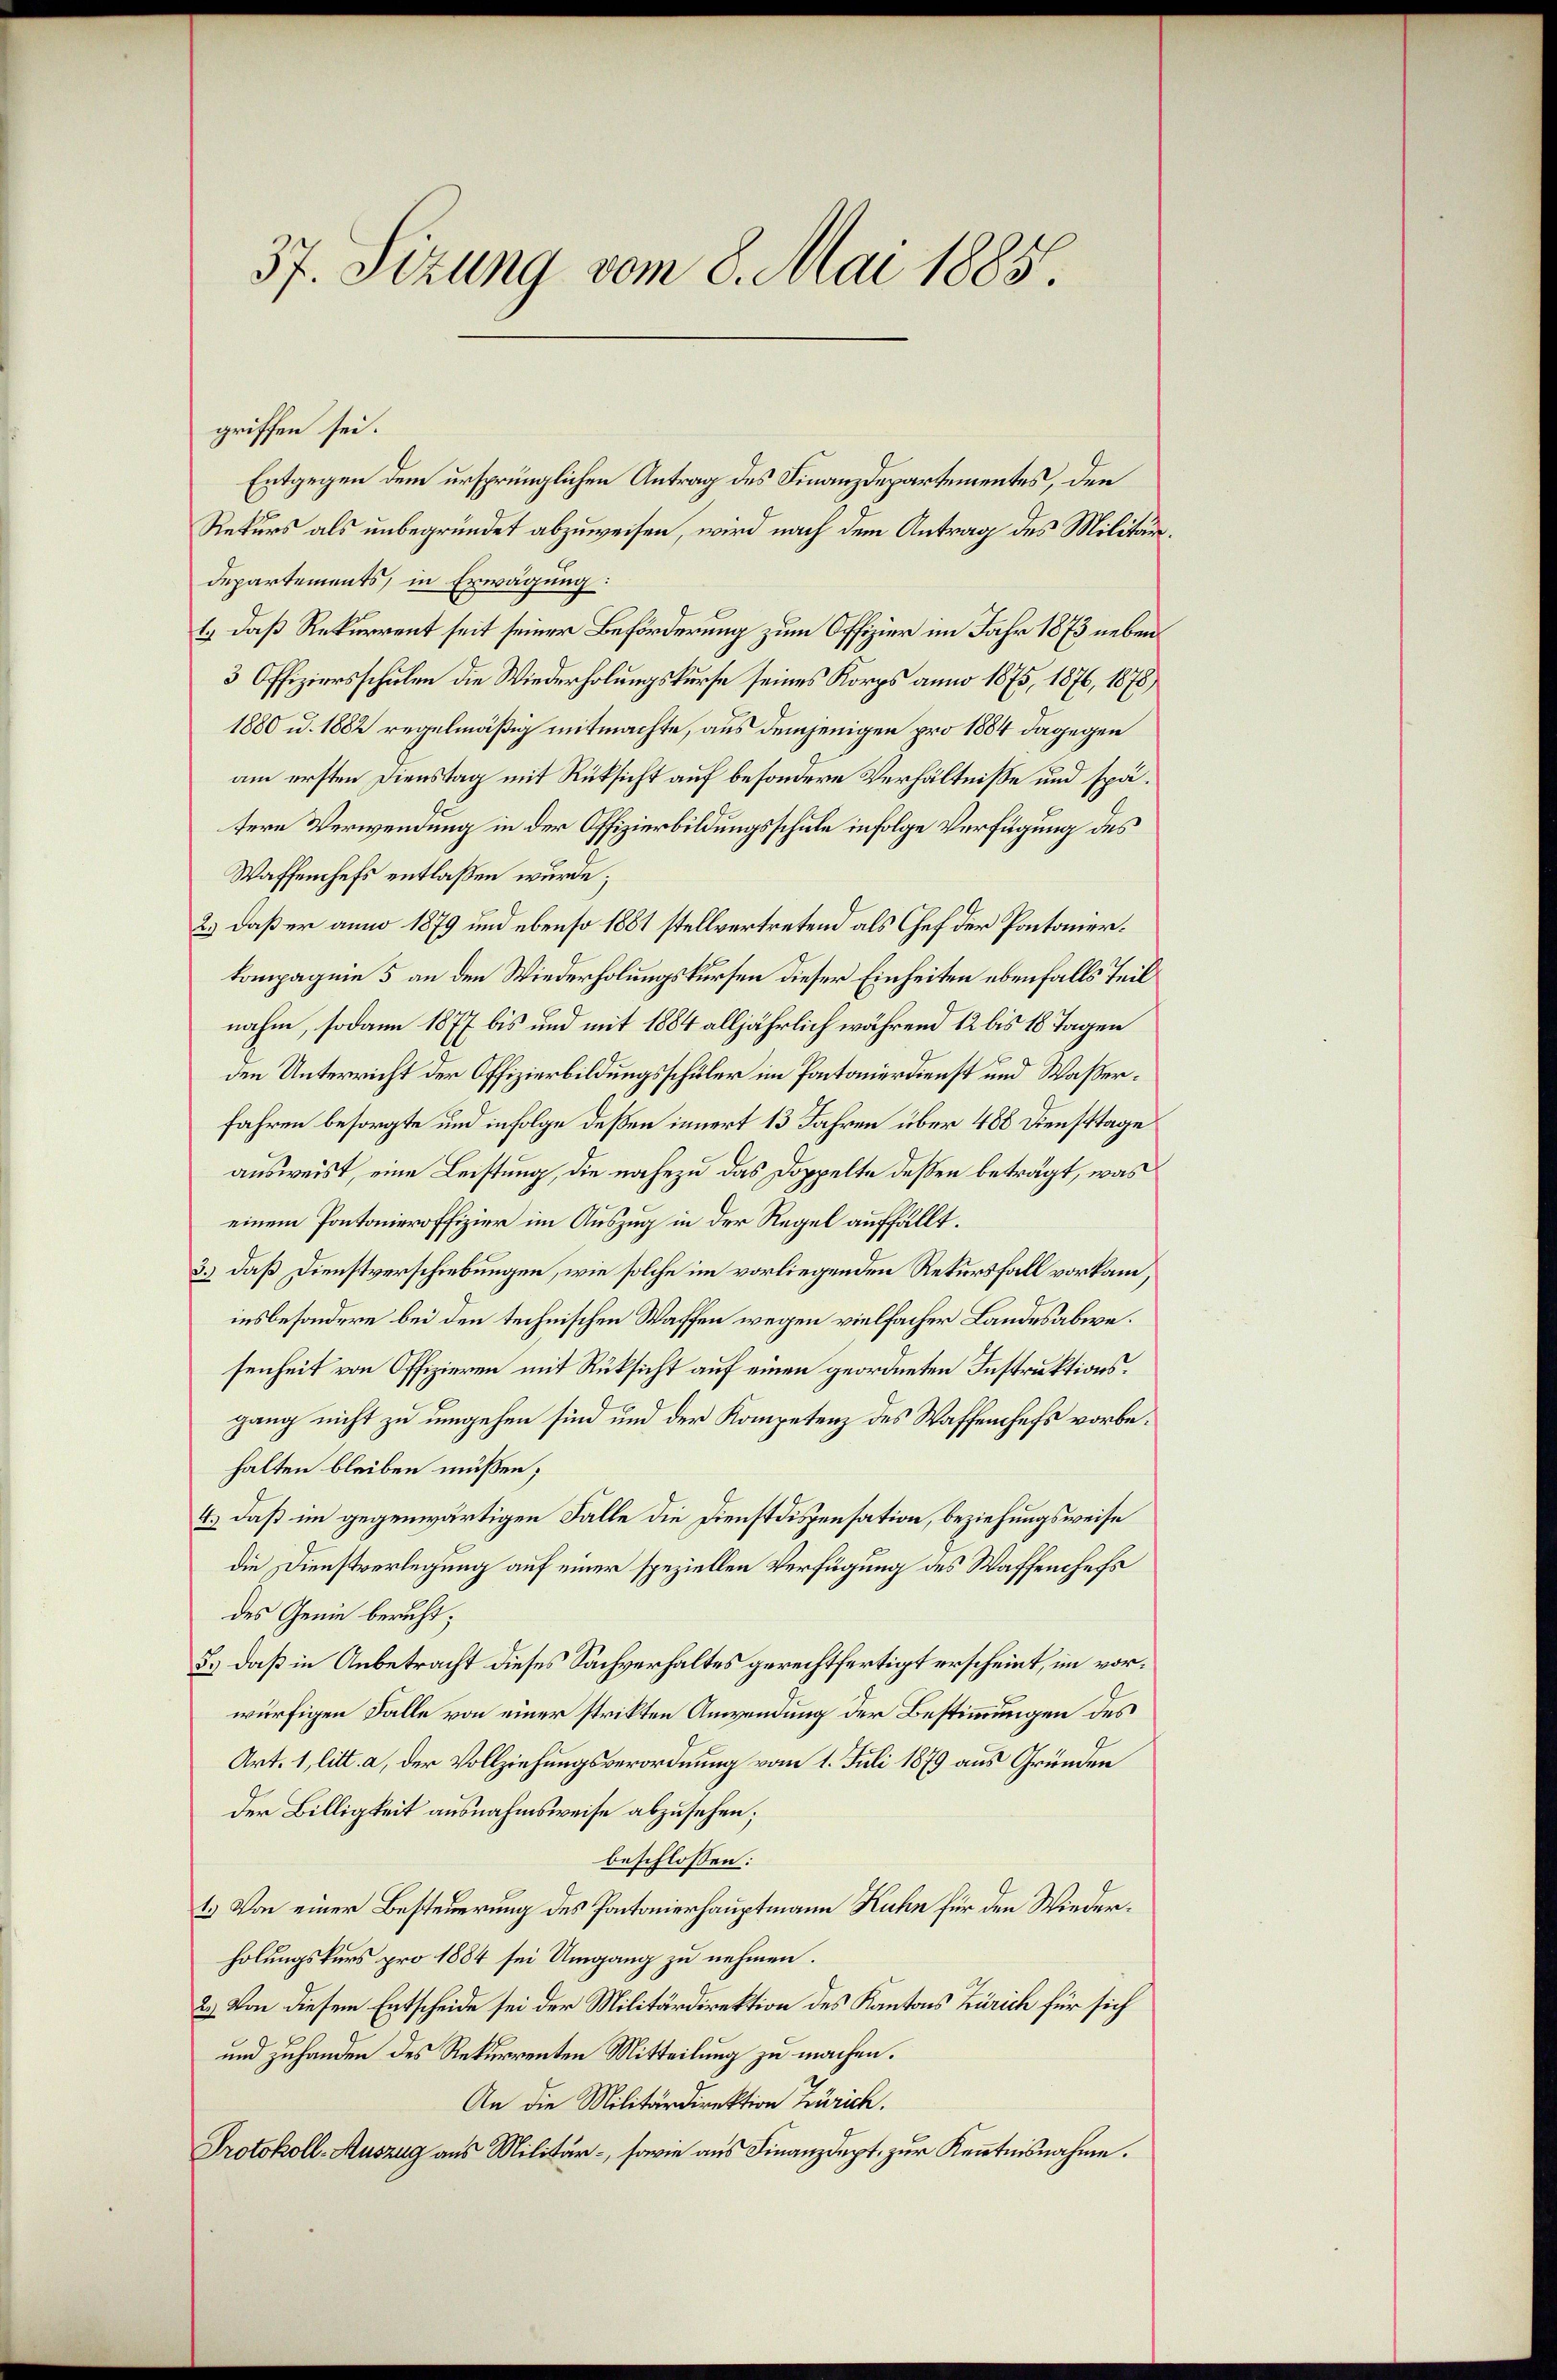
37. Sizung vom 8. Mai 1885.

griffen sei.
Entgegen dem ursprünglichen Antrag des Finanzdepartementes, den
Rekurs als unbegründet abzuweisen, wird nach dem Antrag des Militärdepartements, in Erwägung:
1.) Daß Rekurrent seit seiner Beförderung zum Offizier im Jahr 1873 neben¬
3 Offiziersschulen die Wiederholungskurse seines Korps anno 1875, 1876, 1878,
1880 u. 1882 regelmäßig mitmachte, aus demjenigen pro 1884 dagegen
am ersten Dienstag mit Rüksicht auf besondere Verhältnisse und spätere Verwendung in der Offizierbildungsschule infolge Verfügung des
Waffenhefs entlaßen wurde;
2.) Daß er anno 1879 und ebenso 1881 stellvertretend als Chef der Pontonierkompagnie 5 an den Wiederholungskursen dieser Einheiten ebenfalls Teil
nahm, sodann 1877 bis und mit 1884 alljährlich während 12 bis 18 Tagen
den Unterricht der Offizierbildungsschüler im Pantonerdienst und Wasserfahren besorgte und infolge deßen innert 13 Jahren über 488 Diensttage
ausweist, eine Leistung, die nahezu das Doppelte dessen beträgt, was
einem Pontonieroffizier im Auszug in der Regel auffällt.
3.) daß Dienstverschiebungen, wie solche im vorliegenden Rekursfall vorkam,
insbesondere bei den technischen Waffen wegen vielfacher Landesabwesenheit von Offizieren mit Rücksicht auf einen geordneten Instruktionsgang nicht zu umgehen sind und der Kompetenz des Waffenchefs vorbehalten bleiben müßen;
4.) daß im gegenwärtigen Falle die Dienstdispensation, beziehungsweise
die Dienstverlegung auf einer speziellen Verfügung des Waffenchefs
des Genie beruht;
5.) daß in Anbetracht dieses Sachverhaltes gerechtfertigt erscheint, im vorwürfigen Falle von einer strikten Anwendung der Bestimmungen des
Art. 1, litt. a, der Vollziehungsverordnung vom 1. Juli 1879 aus Gründen
der Billigkeit ausnahmsweise abzusehen;
beschlossen:
1.) Von einer Besteuerung des Pontonierhauptmann Kuhn für den Wiederholungskurs pro 1884 sei Umgang zu nehmen.
2.) Von diesem Entscheide sei der Militärdirektion des Kantons Zürich für sich
und zuhanden des Rekurrenten Mitteilung zu machen.
An die Militärdirektion Zürich.
Protokoll-Auszug aus Militär-, sowie aus Finanzdept, zur Kenntnisnahme.